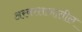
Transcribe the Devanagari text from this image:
अरबस्तानातील